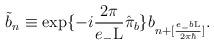
LaTeX: \begin{align*}\tilde{b}_n \equiv \exp\{-i \frac{2\pi}{e_{-}{\rm L}}\hat{\pi}_b \} b_{n+[\frac{e_{-}b{\rm L}}{2{\pi}{\hbar}}]} .\end{align*}